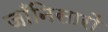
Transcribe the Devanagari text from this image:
जाँनिसारों